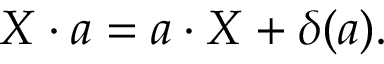
X \cdot a = a \cdot X + \delta ( a ) .